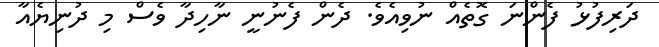
ދަރިފުޅު ފެންނަ ގޮތެއް ނުވިއެެވެ. ދެން ފެނުނީ ނާހިދާ ވެސް މި ދުނިޔެއާ